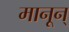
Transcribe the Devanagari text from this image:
मानून्